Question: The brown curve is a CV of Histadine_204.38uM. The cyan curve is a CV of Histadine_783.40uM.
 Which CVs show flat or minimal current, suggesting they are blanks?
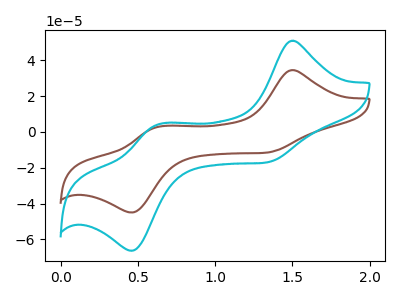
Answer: <think>The brown curve "Histadine_204.38uM" has anodic peaks at (1.50V, 34.50uA) (0.65V, 2.85uA) and cathodic peaks at (1.35V, -11.60uA) (0.45V, -44.95uA). The cyan curve "Histadine_783.40uM" has anodic peaks at (1.50V, 50.85uA) (0.65V, 4.20uA) and cathodic peaks at (1.35V, -17.15uA) (0.45V, -66.25uA).</think>
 <answer>There are not any CV's on this graph that are likely to be blanks.</answer>
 <eval>none</eval>